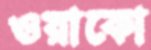
ওয়াকো